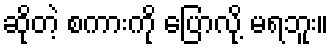
ဆိုတဲ့ စကားကို ပြောလို့ မရဘူး။